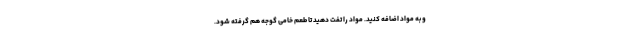
و به مواد اضافه کنید. مواد را تفت دهید تا طعم خامی گوجه هم گرفته شود.